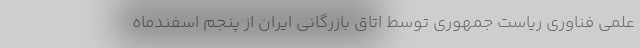
علمی فناوری ریاست جمهوری توسط اتاق بازرگانی ایران از پنجم اسفندماه